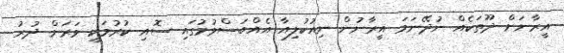
އީރާނަށް ދޫތަކެއް ނުދޭނަމަ އީރާނުން ނިއުކުލިއާ އެއްބަސްވުމުގައި ސޮއި ކުރުމަކީ ވަރަށް ދުރު